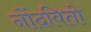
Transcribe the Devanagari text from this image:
नोंदवितो